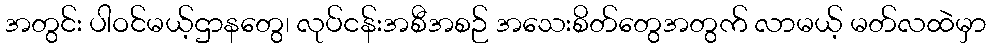
အတွင်း ပါဝင်မယ့်ဌာနတွေ၊ လုပ်ငန်းအစီအစဉ် အသေးစိတ်တွေအတွက် လာမယ့် မတ်လထဲမှာ